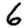
Digit: 6